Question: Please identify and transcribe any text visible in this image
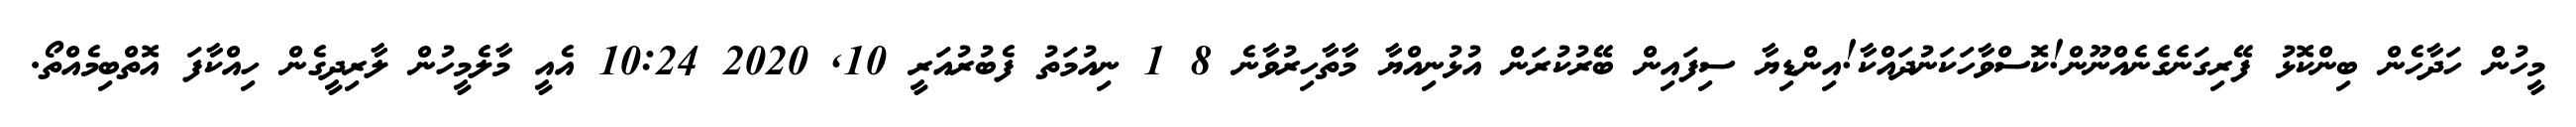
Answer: މީހުން ހަދާހެން ބިންކޮޅު ފޭރިގަނެގެނެއްނޫން!ކޮސްވާހަކަނުދައްކާ!އިންޑިޔާ ސިފައިން ބޭރުކުރަން އުޅުނިއްޔާ މާތާހިރުވާނެ 8 1 ނިއުމަތު ފެބުރުއަރީ 10, 2020 10:24 އެއީ މާލެމީހުން ލާރިދީގެން ހިއްކާފަ އޮތްބިމެއްތޯ.